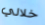
خلالي